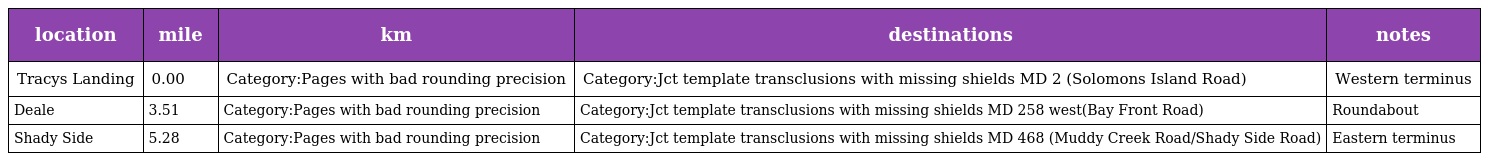
| location | mile | km | destinations | notes |
 | --- | --- | --- | --- | --- |
 | Tracys Landing | 0.00 | Category:Pages with bad rounding precision | Category:Jct template transclusions with missing shields MD 2 (Solomons Island Road) | Western terminus |
 | Deale | 3.51 | Category:Pages with bad rounding precision | Category:Jct template transclusions with missing shields MD 258 west(Bay Front Road) | Roundabout |
 | Shady Side | 5.28 | Category:Pages with bad rounding precision | Category:Jct template transclusions with missing shields MD 468 (Muddy Creek Road/Shady Side Road) | Eastern terminus |